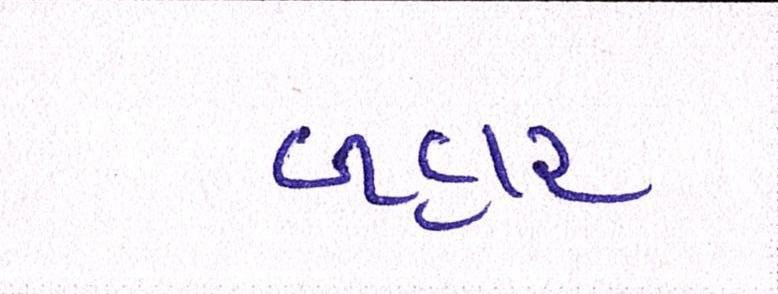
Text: બહાર